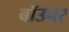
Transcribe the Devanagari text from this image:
बॉउचर